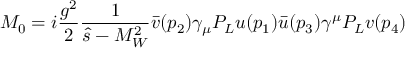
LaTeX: M _ { 0 } = i \frac { g ^ { 2 } } { 2 } \frac { 1 } { \hat { s } - M _ { W } ^ { 2 } } \bar { v } ( p _ { 2 } ) \gamma _ { \mu } P _ { L } u ( p _ { 1 } ) \bar { u } ( p _ { 3 } ) \gamma ^ { \mu } P _ { L } v ( p _ { 4 } )